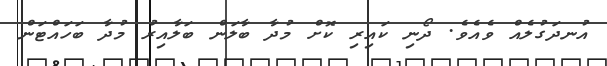
އުނދަގުލެއް ވެއެވެ. ދޯނި ކައިރި ކޮށް މުދާ ބާލަން ބަލާއިރު މުދާ ބަހައްޓަން